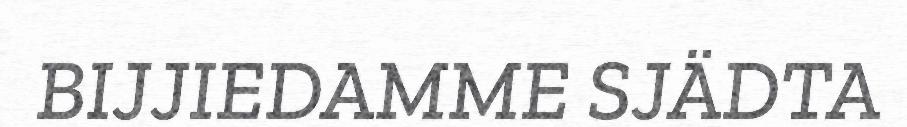
BIJJIEDAMME SJÄDTA